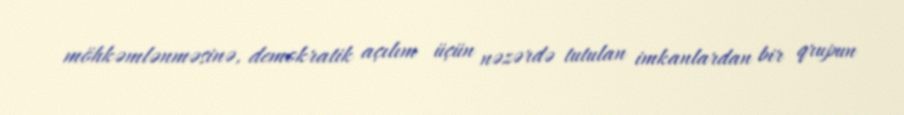
möhkəmlənməsinə, demokratik açılım üçün nəzərdə tutulan imkanlardan bir qrupun